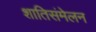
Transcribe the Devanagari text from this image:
शातिसंमेलन